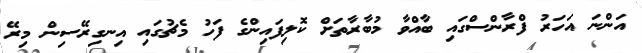
އަންނަ އަހަރު ފްރާންސްގައި ބާއްވާ މުބާރާތަށް ކޮލިފައިންގެ ފަހު މެޗުގައި އިނގިރޭސިން މިރޭ